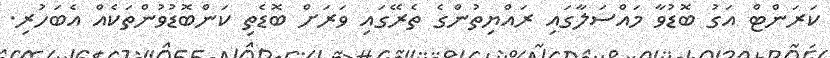
ކަރަންޓް އަގު ބޮޑުވާ މައްސަލާގައި ރައްޔިތުންގެ ތެރޭގައި ވަރަށް ބޮޑެތި ކަންބޮޑުވުންތަކެއް އެބަހުރި.